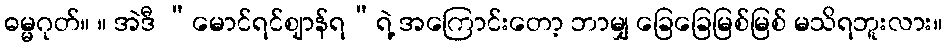
ဓမ္မဂုတ်။ ။ အဲဒီ “မောင်ရင်ဈာန်ရ”ရဲ့ အကြောင်းတော့ ဘာမျှ ခြေခြေမြစ်မြစ် မသိရဘူးလား။